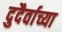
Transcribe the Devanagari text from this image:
दुदैर्वाच्या